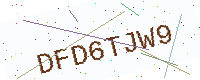
Text: DFD6TJW9